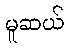
မူဆယ်